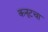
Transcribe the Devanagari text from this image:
कनूटचा